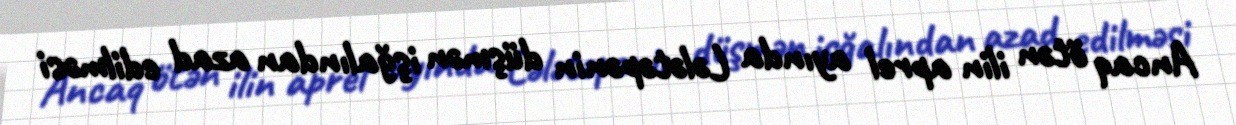
Ancaq ötən ilin aprel ayında Lələtəpənin düşmən işğalından azad edilməsi